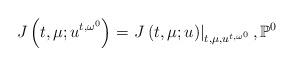
LaTeX: \begin{align*}J\left( t,\mu ;u^{t,\omega ^{0}}\right) =\left. J\left( t,\mu ;u\right)\right\vert _{t,\mu ,u^{t,\omega ^{0}}},\mathbb{P}^{0}\end{align*}